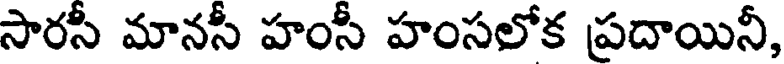
సారసీ మానసీ హంసీ హంసలోక ప్రదాయినీ,